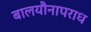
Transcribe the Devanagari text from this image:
बालयौनापराध